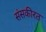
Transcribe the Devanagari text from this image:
संसकीरत